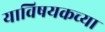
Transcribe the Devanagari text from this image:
याविषयकच्या